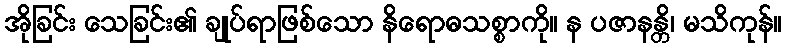
အိုခြင်း သေခြင်း၏ ချုပ်ရာဖြစ်သော နိရောဓသစ္စာကို။ န ပဇာနန္တိ၊ မသိကုန်။